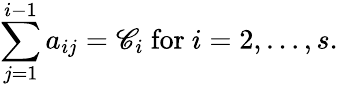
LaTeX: \sum_{j=1}^{i-1}a_{ij}=\mathscr{C}_{i}{\mathrm{{~for~}}}i=2,\ldots,s.